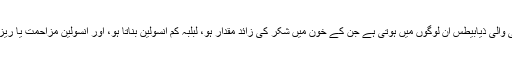
پہلی یعنی انسولین کی شدید کمی والی ذیابیطس اُن لوگوں میں ہوتی ہے جن کے خون میں شکر کی زائد مقدار ہو، لبلبہ کم انسولین بناتا ہو، اور انسولین مزاحمت یا ریزسٹنس درمیانے درجے کی ہو۔